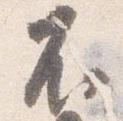
不